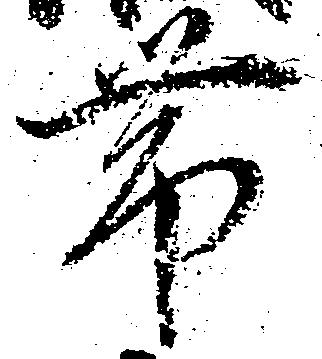
帯